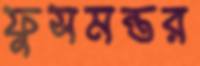
ফুসমন্তর